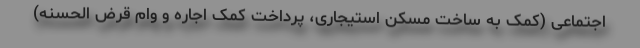
اجتماعی (کمک به ساخت مسکن استیجاری، پرداخت کمک اجاره و وام قرض الحسنه)